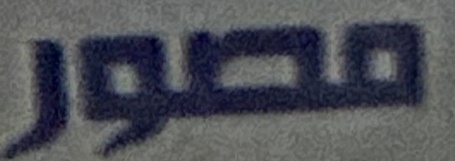
مصور